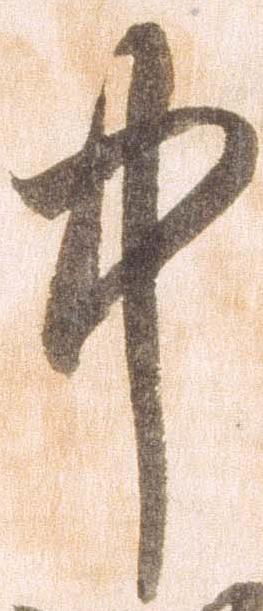
中